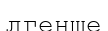
лгенше